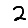
Digit: 2